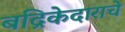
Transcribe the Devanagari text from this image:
बद्रिकेदाराचे